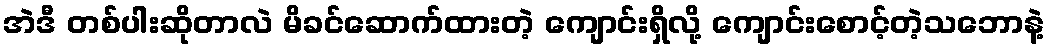
အဲဒီ တစ်ပါးဆိုတာလဲ မိခင်ဆောက်ထားတဲ့ ကျောင်းရှိလို့ ကျောင်းစောင့်တဲ့သဘောနဲ့